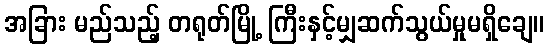
အခြား မည်သည့် တရုတ်မြို့ ကြီးနှင့်မျှဆက်သွယ်မှုမရှိချေ။